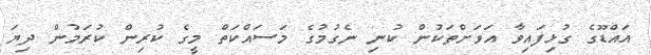
އައްޑޫގެ ގުޅިފައިވާ އަވަށްތަކުން ކުނި ނެގުމުގެ މަސައްކަތް މީގެ ކުރިން ކުރަމުން ދިޔަ